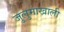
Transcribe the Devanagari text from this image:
जुलुमाखाली